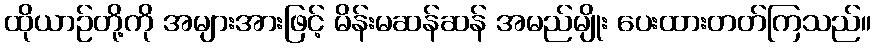
ထိုယာဉ်တို့ကို အများအားဖြင့် မိန်းမဆန်ဆန် အမည်မျိုး ပေးထားတတ်ကြသည်။